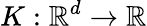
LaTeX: K:\mathbb R^{d}\to\mathbb R